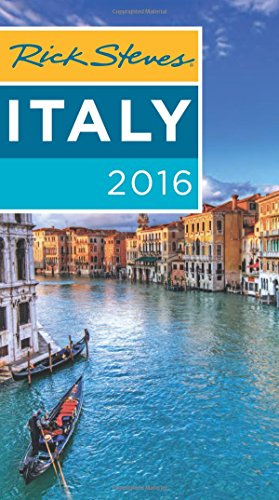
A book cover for Rick Steves Italy 2016; Rick Steves; Travel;